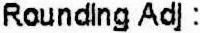
ROUNDING ADJ :